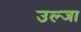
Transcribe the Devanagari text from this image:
उल्जा